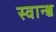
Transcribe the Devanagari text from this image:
स्वान्श्च